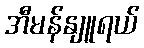
အီမန်နျူရယ်